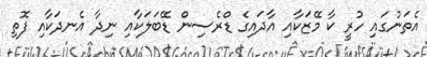
އެތަނުގައި ހުރީ ކާ މޭޒަކާއި އާދައިގެ ޑްރެސިން ޑޭބަލަކާއި ނިދާ އެނދަކާއި ފޮތި